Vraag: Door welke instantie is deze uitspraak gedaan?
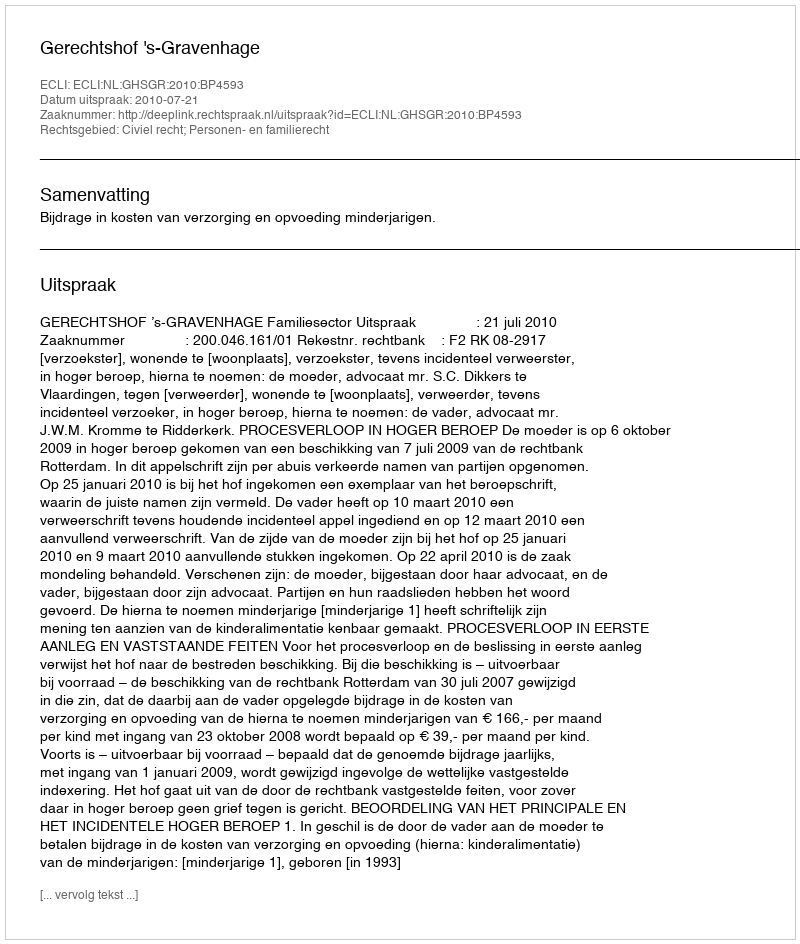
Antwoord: Gerechtshof 's-Gravenhage